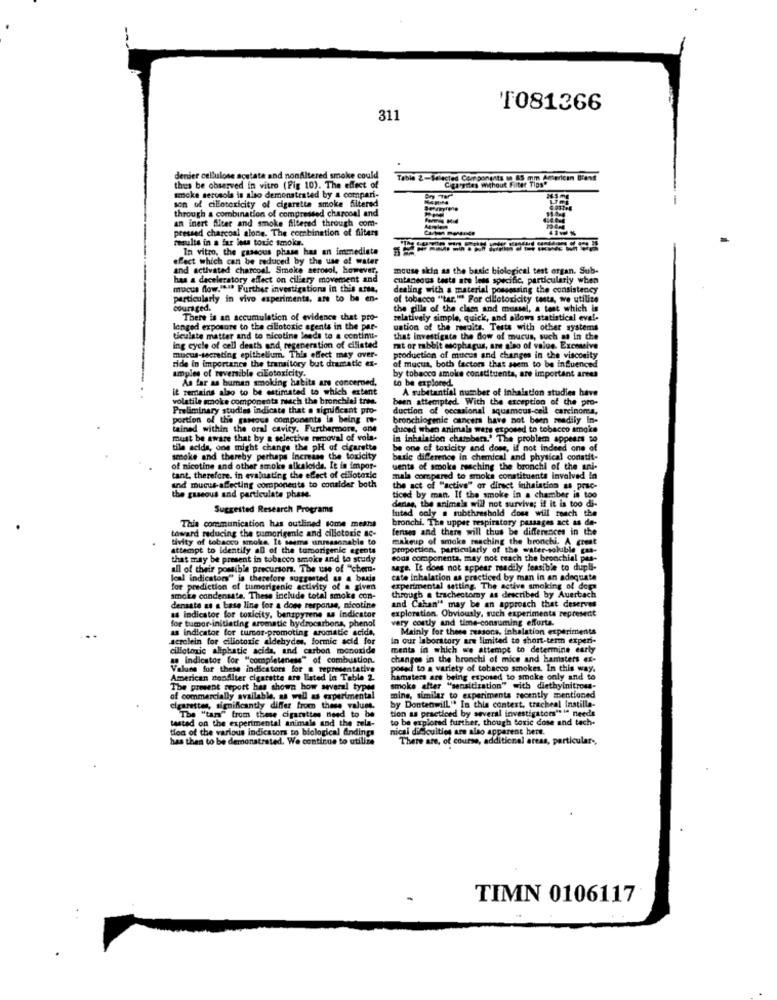
1081366
311
denier cellulose acetate and nonAltered smoke could
Table 2-Selected Components ( 85 mm American Bient
Cigargites without Filter Tips"
thus be observed in vitro (Fig 10). The effect of
smoke serceola is also demonstrated by a compari-
son of cillotoxicity of cigarette smoke filtered
through a combination of compressed charcoal and
an inert fliter and smoke filtered through com-
--
essed charcoal alone. The combination of filters
results in a far less toxic smoke.
In vitro, the gaseous phase has an immediate
effect which can be reduced by the use of water
and activated charcoal. Smoke aerosol, however,
mouse skin as the basic biological test organ. Sub-
has a deceleratory effect on ciliary movement and
cutaneous taste are less specific, particularly when
mucus flow.I ... Further investigation in this arte,
dealing with a material possessing the consistency
particularly in vivo experiments, are to be en-
of tobacco "tar."" For cillotoxicity testa, we utilice
couraged.
the gille of the clam and mussel, a test which is
There is an accumulation of evidence that pro-
relatively simple, quick, and allows statistical eval-
lenged exposure to the cillotoxic agents in the par-
uation of the renaits. Tests with other systems
ticulste matter and to nicotine leeds to a continu-
that investigate the dow of mucus, such as in the
ing cycle of cell death and, regeneration of ciliated
mat or rabbit esophagus, are also of value. Excessive
ride in importance the transitory but dramatic ex-
mucus-secrating epithelium. This effect may over-
production of mucus and changes in the viscosity
of mucus, both factors that seem to be influenced
amples of reversible ciEotoxicity.
As far as buman smoking habits are concerned,
by tobacco amokce constituents, are important arees
to be explored
it remains also to be estimated to which extent
A substantial number of inhaistion studies have
volatile smoke components much the bronchial tree.
been attempted. With the exception of the pro-
Preliminary studies indicate that a significant pro-
duction of occasional squamous-cell carcinoma,
portion of the gaseous components la being -
bronchiogenie cancers have not been meadily In-
tained within the oral cavity. Furthermore, one
duced when animals were exposed to tobacco smoke
must be aware that by a selective removal of vola-
in inhalation chambers.' The problem appears to
tile acids, one might change the pH of cigaretta
be one of toxicity and dose, if not indeed one of
smoke and thereby perhaps Increase the toxicity
basic difference in chemical and physical conatit-
of nicotine and other smoke alkaloids. It in impor-
uents of smoke reaching the bronchi of the ani-
tant, therefore. in evaluating the effect of cillotoxic
mala compared to smoke constituents involved In
and mucus-affecting components to consider both
the act of "active" or direct inhalation as prac-
the gaseous and particulate phase.
derias, the animals will not survive; if it is too di-
ticed by man. If the smoke in a chamber is too
Suggested Research Programs
lutad only a subthreshold dose will reach the
bronchi. The upper respiratory passages act as de-
toward reducing the tumorigenle and cillotorie ac-
This communication has outlined some means
fenses and there will thus be differences in the
tivity of tobacco smoke. It seems unreasonable to
makeup of smoke reaching the bronchi. A great
attempt to Identify aD of the tumorigenic agents
proportion, particularly of the water-soluble gas-
that may be present in tobacco smoke and to study
sous components, may not reach the bronchial pas-
all of their possible precursors. The use of "chem-
sage. It does not appear readily feasible to dupli-
Ical indicators" is therefore suggested as a basis
cate inhalation as practiced by man in an adequate
for prediction of tumerigenic activity of a given
experimental setting The active smoking of dora
smoke condensate. These include total smoke con-
through a trachectomy as described by Auertach
and Cahan" may be an approach that deserves
densate as a base line for a does response, nicotine
exploration. Obviously, such experimenta represent
as indicator for toxicity, banspyrene us indicator
for tumor initiating aromatic hydrocarbons, phenol
as indicator for tumor-promoting aromatie acida,
acrolein for ciliotoxic aldehydes, formic acid for
in our laboratory are limited to short-term experi-
cillotoxic aliphatic acida, and carbon monoxide
ments in which we attempt to determine early
an indicator (or "completeness" of combustion.
changes in the bronchi of mice and hamsters ex-
Values for these indicators for @ representative
posed to a variety of tobacco smokes. In this way.
American nonfilter cigarette are Listed in Table 2.
hamsters are being exposed to amcke only and to
The present report has shown how several types
smoke efter "sensitization" with diethyinitross-
of commercially available, as well as experimental
mine, similar to experimenta recently mentioned
cigarettes, significantly differ from these values,
by Dontenwill" In this context, tracheal Instilla-
tion as practiced by several investigators" if needs
"The "tars" from these cigarettes need to be
to be explored further, though toxic dose and tech-
tested on the experimental animals and the zela-
tion of the various indicators to biological Andings
nicai dificulties are also apparent here.
has then to be demonstrated. We continue to utilize
There are, of course, additional areas, particular -,
TIMN 0106117